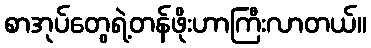
စာအုပ်တွေရဲ့တန်ဖိုးဟာကြီးလာတယ်။